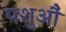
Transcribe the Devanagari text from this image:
पशुऔं